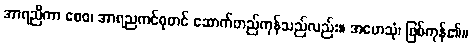
အာရညိကာ စေဝ၊ အာရညကင်ဓုတင် ဆောက်တည်ကုန်သည်လည်း။ အဟေသုံ၊ ဖြစ်ကုန်၏။